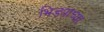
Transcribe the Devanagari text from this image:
भिड्यांच्या